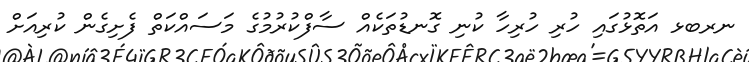
ނރބޅ އަތޮޅުގައި ހުރި ހުރިހާ ކުނި ގޮނޑުތަކެއް ސާފްކުރުމުގެ މަސައްކަތް ފެށިގެން ކުރިއަށް